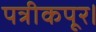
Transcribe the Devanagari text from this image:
पत्रीकपूर।